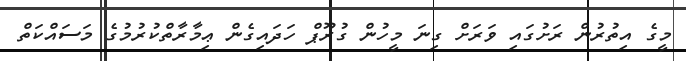
މީގެ އިތުރުން ރަށުގައި ވަރަށް ގިނަ މީހުން ގުރޫޕް ހަދައިގެން ޢިމާރާތްކުރުމުގެ މަސައްކަތް